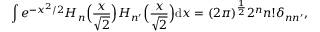
\int \! \, e ^ { - x ^ { 2 } / 2 } H _ { n } \Big ( \frac { x } { \sqrt 2 } \Big ) H _ { n ^ { \prime } } \Big ( \frac { x } { \sqrt 2 } \Big ) { \mathrm { d } x } = ( 2 \pi ) ^ { \frac { 1 } { 2 } } 2 ^ { n } n ! \delta _ { n n ^ { \prime } } ,